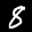
Label: 8